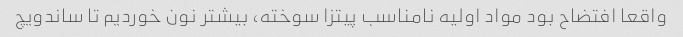
واقعا افتضاح بود مواد اولیه نامناسب پیتزا سوخته، بیشتر نون خوردیم تا ساندویچ